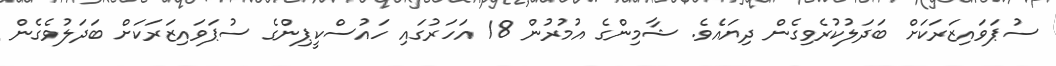
ސުޕަވައިޒަރަކަށް ބަދަލުކުރެވިގެން ދިޔައެވެ. ޝާމިންގެ އުމުރުން 18 އަހަރުގައި ހައުސްކީޕިންގެ ސުޕަވައިޒަރަކަށް ބަދަލުވެގެން